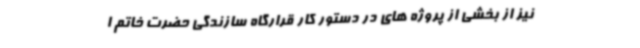
نیز از بخشی از پروژه های در دستور کار قرارگاه سازندگی حضرت خاتم ا